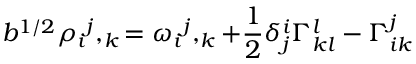
b ^ { 1 / 2 } { \rho _ { i } } ^ { j } , _ { k } = { \omega _ { i } } ^ { j } , _ { k } + { \frac { 1 } { 2 } } \delta _ { j } ^ { i } \Gamma _ { k l } ^ { l } - \Gamma _ { i k } ^ { j }